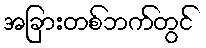
အခြားတစ်ဘက်တွင်